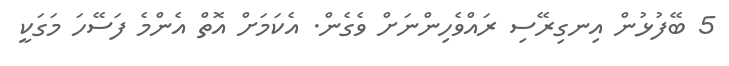
5 ބޭފުޅުން އިނގިރޭސި ރައްވެހިންނަށް ވެގެން. އެކަމަށް އޮތް އެންމެ ފަސޭހަ މަގަކީ